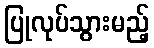
ပြုလုပ်သွားမည့်